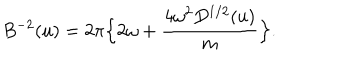
B ^ { - 2 } ( u ) = 2 \pi \Bigl \{ 2 \omega + { \frac { 4 \omega ^ { 2 } D ^ { 1 / 2 } ( u ) } { m } } \Bigr \} .